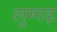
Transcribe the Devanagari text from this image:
लुग्गड़